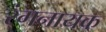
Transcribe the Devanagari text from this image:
रंगनायक